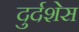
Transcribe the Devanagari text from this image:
दुर्दशेस